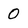
Character: 0